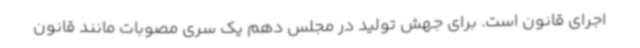
اجرای قانون است. برای جهش تولید در مجلس دهم یک سری مصوبات مانند قانون